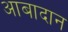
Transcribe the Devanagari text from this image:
आबादान